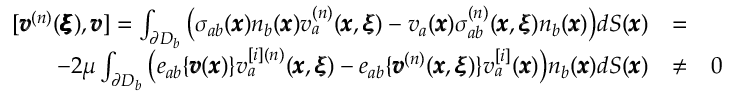
\begin{array} { r l r } { [ { \pmb v } ^ { ( n ) } ( { \pmb { \pmb \xi } } ) , { \pmb v } ] = \int _ { \partial D _ { b } } \big ( \sigma _ { a b } ( { \pmb x } ) n _ { b } ( { \pmb x } ) v _ { a } ^ { ( n ) } ( { \pmb x } , { \pmb \xi } ) - v _ { a } ( { \pmb x } ) \sigma _ { a b } ^ { ( n ) } ( { \pmb x } , { \pmb \xi } ) n _ { b } ( { \pmb x } ) \big ) d S ( { \pmb x } ) } & { = } & \\ { - 2 \mu \int _ { \partial D _ { b } } \big ( e _ { a b } \{ { \pmb v } ( { \pmb x } ) \} v _ { a } ^ { [ i ] ( n ) } ( { \pmb x } , { \pmb \xi } ) - e _ { a b } \{ { \pmb v } ^ { ( n ) } ( { \pmb x } , { \pmb \xi } ) \} v _ { a } ^ { [ i ] } ( { \pmb x } ) \big ) n _ { b } ( { \pmb x } ) d S ( { \pmb x } ) } & { \neq } & { 0 } \end{array}